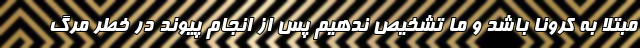
مبتلا به کرونا باشد و ما تشخیص ندهیم پس از انجام پیوند در خطر مرگ